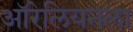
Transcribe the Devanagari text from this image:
ऑरेलियनला